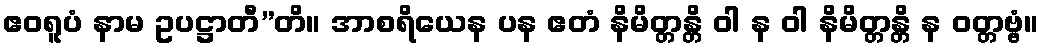
ဧဝရူပံ နာမ ဥပဋ္ဌာတီ”တိ။ အာစရိယေန ပန ဧတံ နိမိတ္တန္တိ ဝါ န ဝါ နိမိတ္တန္တိ န ဝတ္တဗ္ဗံ။